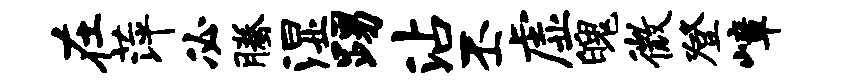
在萍必腾湿踢沾丕虚魄微登嶂